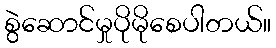
စွဲဆောင်မှုပိုမိုစေပါတယ်။